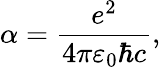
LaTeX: \alpha={\frac{e^{2}}{4\pi\varepsilon_{0}\hbar c}},